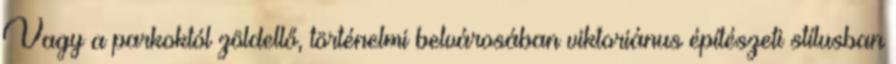
Vagy a parkoktól zöldellő, történelmi belvárosában viktoriánus építészeti stílusban